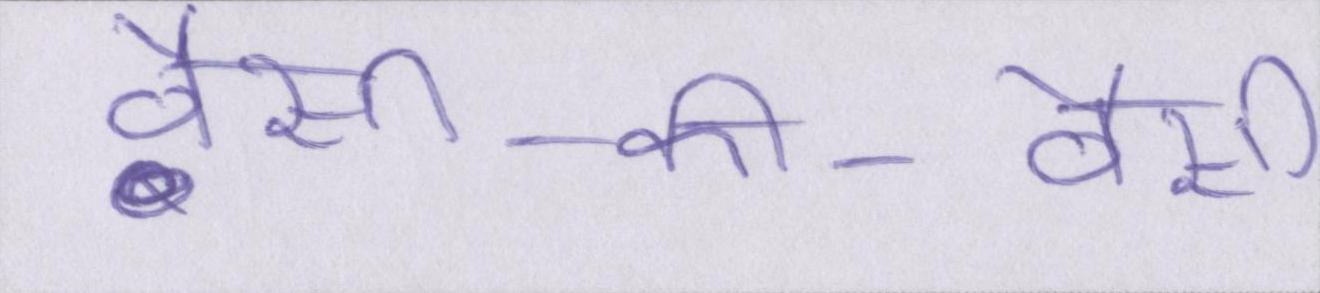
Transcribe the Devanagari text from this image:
वैसी-की-वैसी